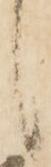
候